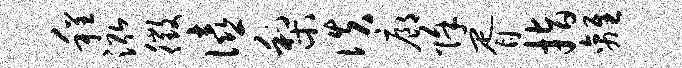
程泓徵僖梨佚廊除胥指离